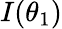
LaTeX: I(\theta_{1})